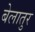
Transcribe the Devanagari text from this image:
बेलातुर